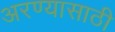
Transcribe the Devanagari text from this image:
अरण्यासाठी